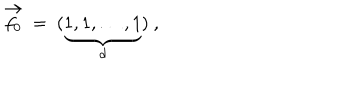
LaTeX: \vec { f _ { 0 } } \ = \ ( \underbrace { 1 , 1 , \ldots , 1 } _ { d } ) \ ,